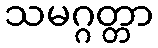
သမဂ္ဂတ္တာ